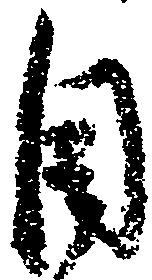
目